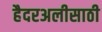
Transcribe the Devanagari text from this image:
हैदरअलीसाठी